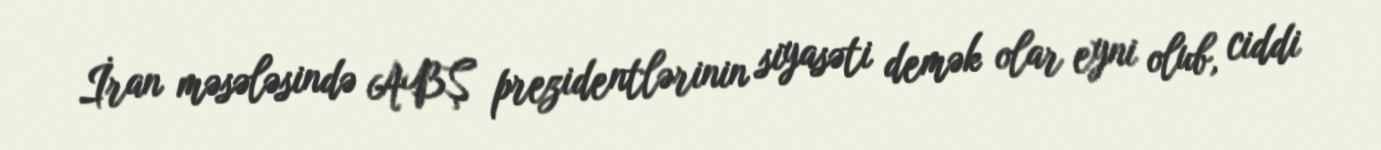
İran məsələsində ABŞ prezidentlərinin siyasəti demək olar eyni olub, ciddi